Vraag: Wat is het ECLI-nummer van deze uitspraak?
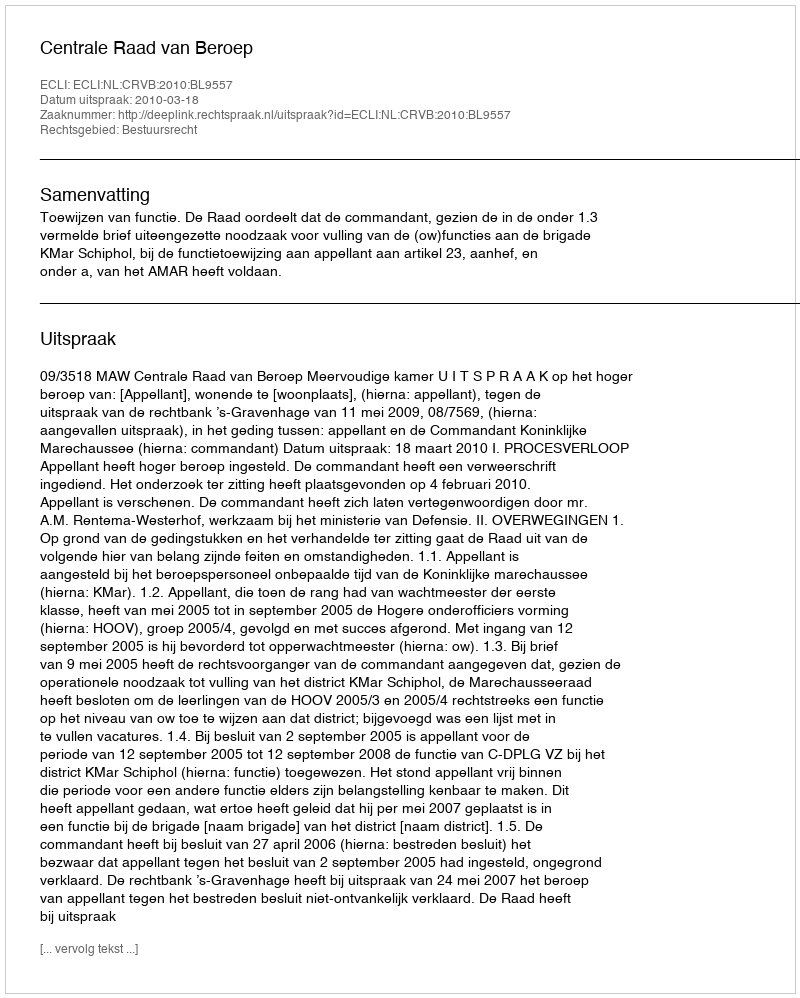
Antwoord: ECLI:NL:CRVB:2010:BL9557